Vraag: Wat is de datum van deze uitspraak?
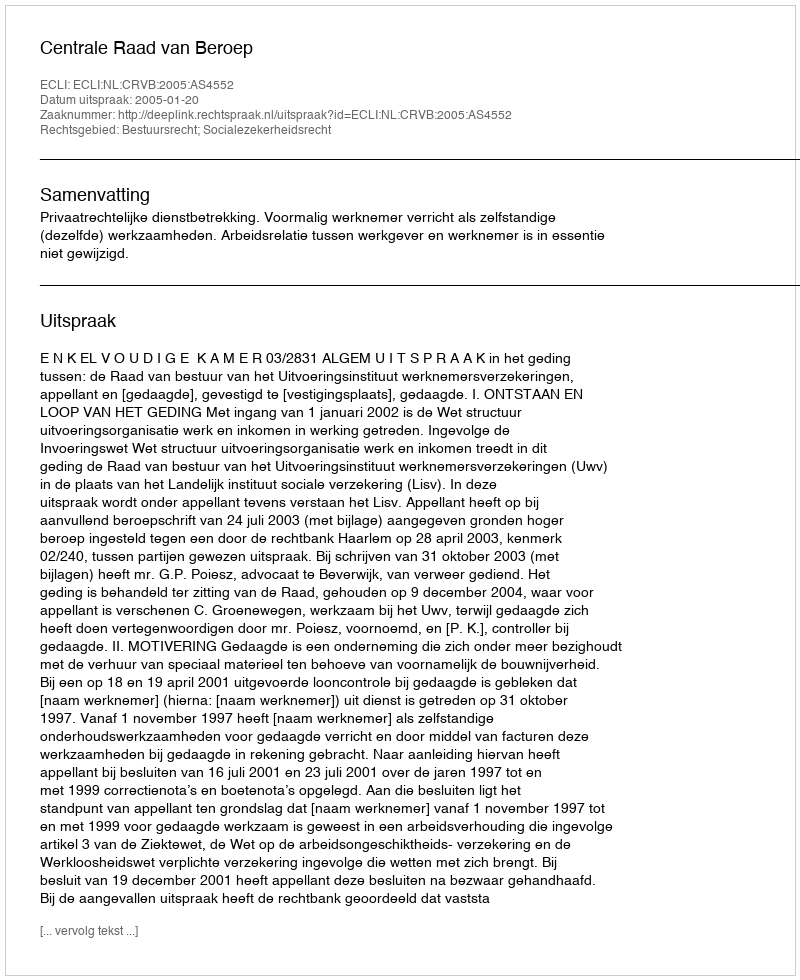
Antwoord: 2005-01-20